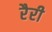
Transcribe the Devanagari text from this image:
रैरी